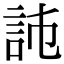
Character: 𧦏